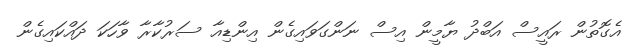
އެގޮތުން ރައީސް އަބްދު ޔާމީން އިސް ނަންގަވައިގެން އިންޑިއާ ސަރުކާރާ ވާހަކަ ދައްކައިގެން